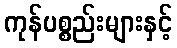
ကုန်ပစ္စည်းများနှင့်